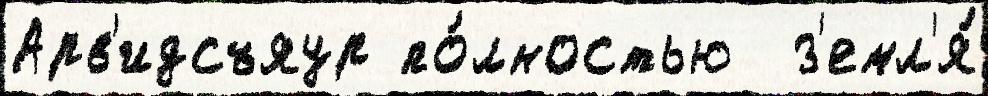
Арв'идсъяур по́лностью  з'емл'я́